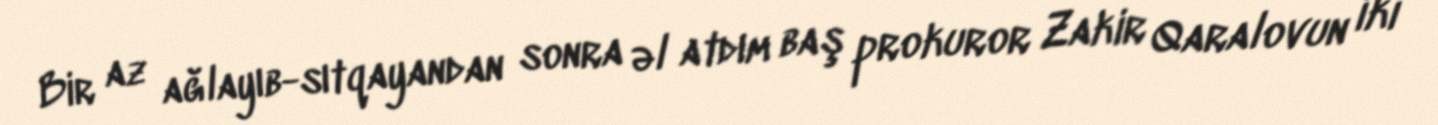
Bir az ağlayıb-sıtqayandan sonra əl atdım baş prokuror Zakir Qaralovun iki